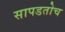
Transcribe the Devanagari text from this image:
सापडतोच